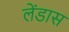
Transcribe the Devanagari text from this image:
लेंडास